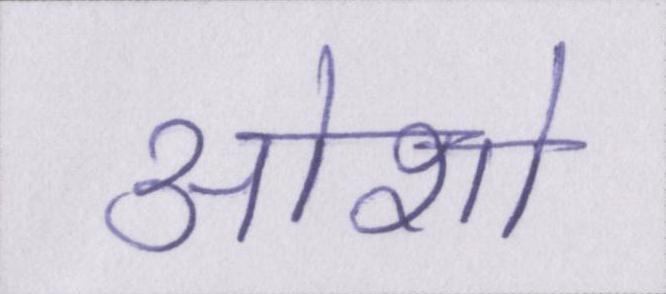
ओशो